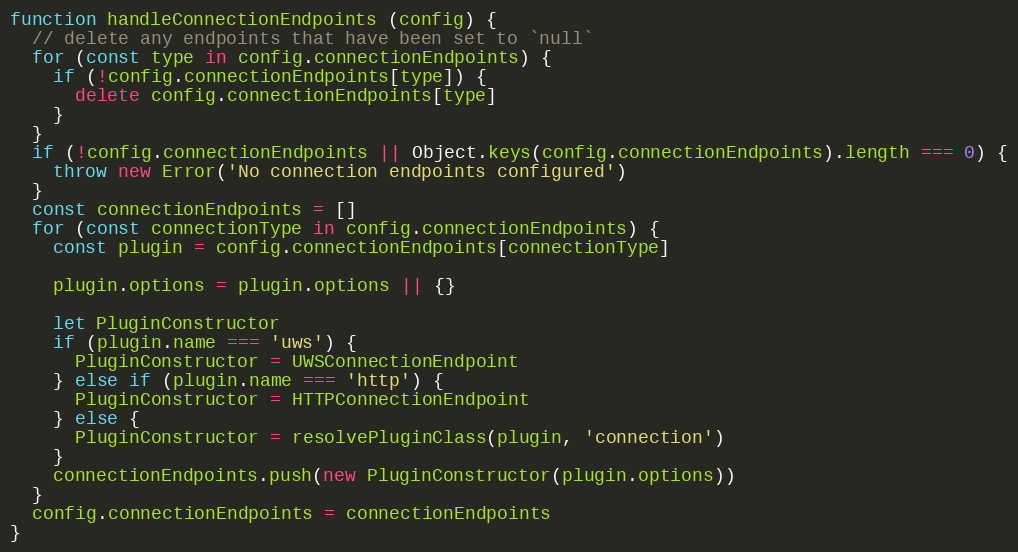
Language: JavaScript
function handleConnectionEndpoints (config) {
  // delete any endpoints that have been set to `null`
  for (const type in config.connectionEndpoints) {
    if (!config.connectionEndpoints[type]) {
      delete config.connectionEndpoints[type]
    }
  }
  if (!config.connectionEndpoints || Object.keys(config.connectionEndpoints).length === 0) {
    throw new Error('No connection endpoints configured')
  }
  const connectionEndpoints = []
  for (const connectionType in config.connectionEndpoints) {
    const plugin = config.connectionEndpoints[connectionType]

    plugin.options = plugin.options || {}

    let PluginConstructor
    if (plugin.name === 'uws') {
      PluginConstructor = UWSConnectionEndpoint
    } else if (plugin.name === 'http') {
      PluginConstructor = HTTPConnectionEndpoint
    } else {
      PluginConstructor = resolvePluginClass(plugin, 'connection')
    }
    connectionEndpoints.push(new PluginConstructor(plugin.options))
  }
  config.connectionEndpoints = connectionEndpoints
}